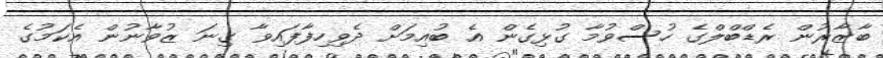
ބާޒާރުން ރެޑްބްލްގެ ހުސްވުމާ ގުޅިގެން އެ ބުއިމަށް ދެވިހިފާފައިވާ ގިނަ ޒުވާނުން އެކަމުގެ